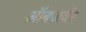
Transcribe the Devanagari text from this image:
ऑबजर्वर